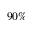
9 0 \%